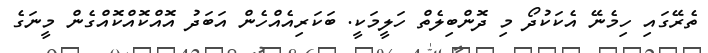
ތެރޭގައި ހިމެނޭ އެކަކުދޯ މި ދޮންބިލެތް ހަލީމަކީ. ބަކަރިއެއްހެން އަބަދު އޮއްކޮއްކޮއްގެން މީނަގެ